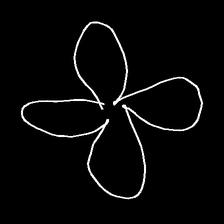
Glyph: billowing